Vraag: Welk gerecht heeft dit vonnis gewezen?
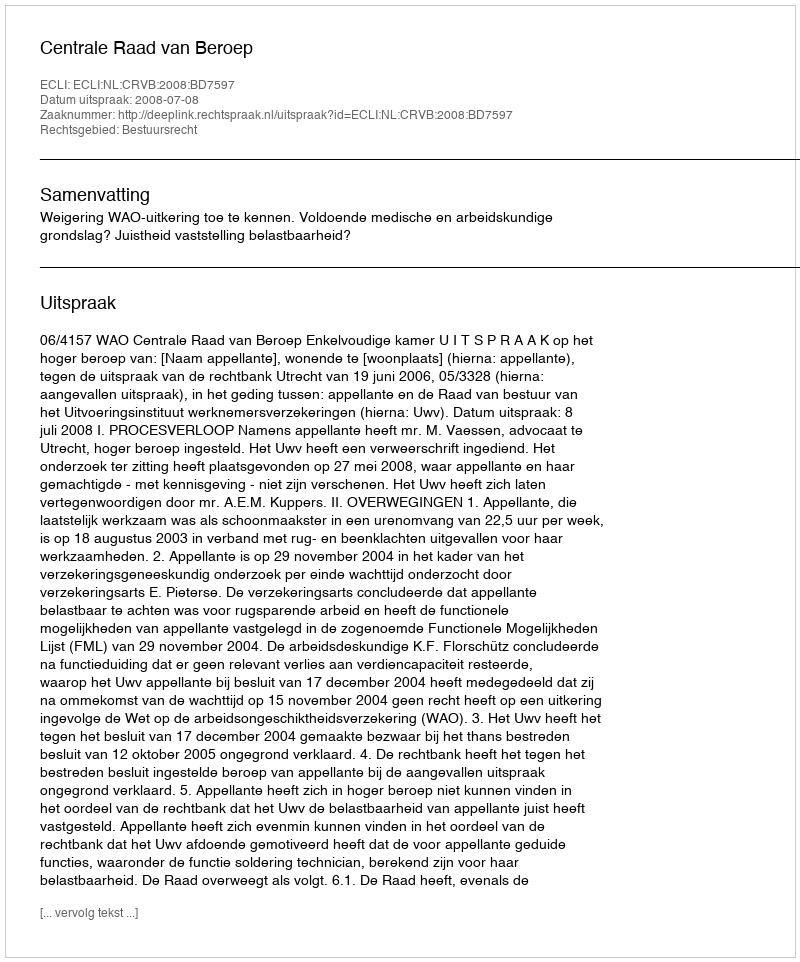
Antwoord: Centrale Raad van Beroep